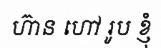
ហ៊ាន ហៅ រូប ខ្ញុំ